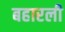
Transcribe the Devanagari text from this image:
बहारली